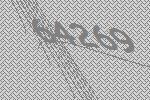
64269